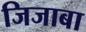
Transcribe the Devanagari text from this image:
जिजाबा